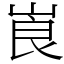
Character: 崀